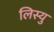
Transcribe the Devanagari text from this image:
लिस्यु